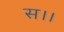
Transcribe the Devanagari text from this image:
स।।